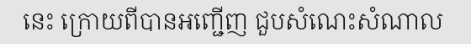
នេះ ក្រោយពីបានអញ្ជើញ ជួបសំណេះសំណាល